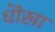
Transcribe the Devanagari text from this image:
धॊखा